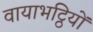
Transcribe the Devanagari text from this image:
वायाभट्ठियों